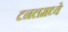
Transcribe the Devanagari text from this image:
टनलमध्ये